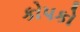
કોપકો